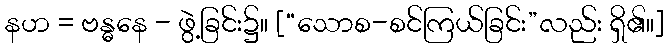
နဟ = ဗန္ဓနေ - ဖွဲ့ခြင်း၌။ [“သောစ-စင်ကြယ်ခြင်း”လည်း ရှိ၏။]